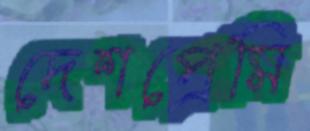
দেশপ্রেমি